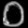
Digit: ၀